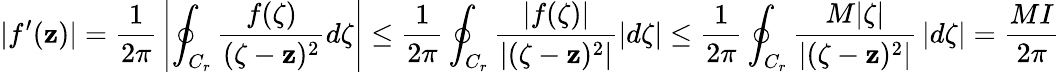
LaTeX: |f^{\prime}(\mathbf{z})|={\frac{{1}}{{2\pi}}}\left|\oint_{C_{r}}{\frac{{f(\zeta)}}{{(\zeta-\mathbf{z})^{2}}}}d\zeta\right|\leq{\frac{{1}}{{2\pi}}}\oint_{C_{r}}{\frac{{|f(\zeta)|}}{{\left|(\zeta-\mathbf{z})^{2}\right|}}}|d\zeta|\leq{\frac{{1}}{{2\pi}}}\oint_{C_{r}}{\frac{{M|\zeta|}}{{\left|(\zeta-\mathbf{z})^{2}\right|}}}\left|d\zeta\right|={\frac{{MI}}{{2\pi}}}